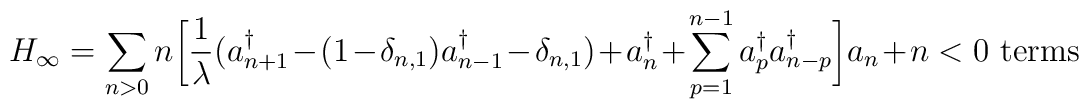
H_{\infty}= \sum_{n>0}n\bigg[ {1\over\lambda} \big(a^{\dagger}_{n+1}-(1-\delta_{n,1})a^{\dagger}_{n-1} -  \delta_{n,1}\big)  +a^{\dagger}_{n}+\sum_{p=1}^{n-1} a^{\dagger}_{p}a^{\dagger}_{n-p}\bigg] a_{n} + \hbox{$n<0$ terms}\